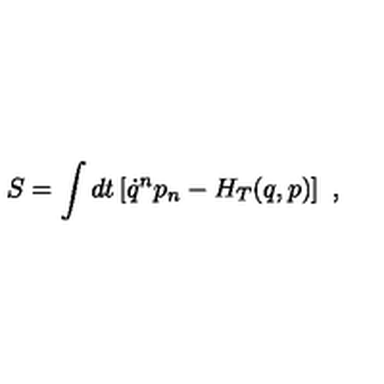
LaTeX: S = \int d t \left[ \dot { q } ^ { n } p _ { n } - H _ { T } ( q , p ) \right] \ ,